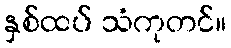
နှစ်ထပ် သံကုတင်။